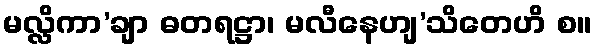
မလ္လိကာ’ချာ ဓတရဋ္ဌာ၊ မလီနေဟျ’သိတေဟိ စ။